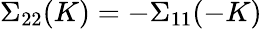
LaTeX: \Sigma_{22}(K)=-\Sigma_{11}(-K)